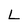
Character: L